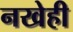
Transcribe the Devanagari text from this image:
नखेही